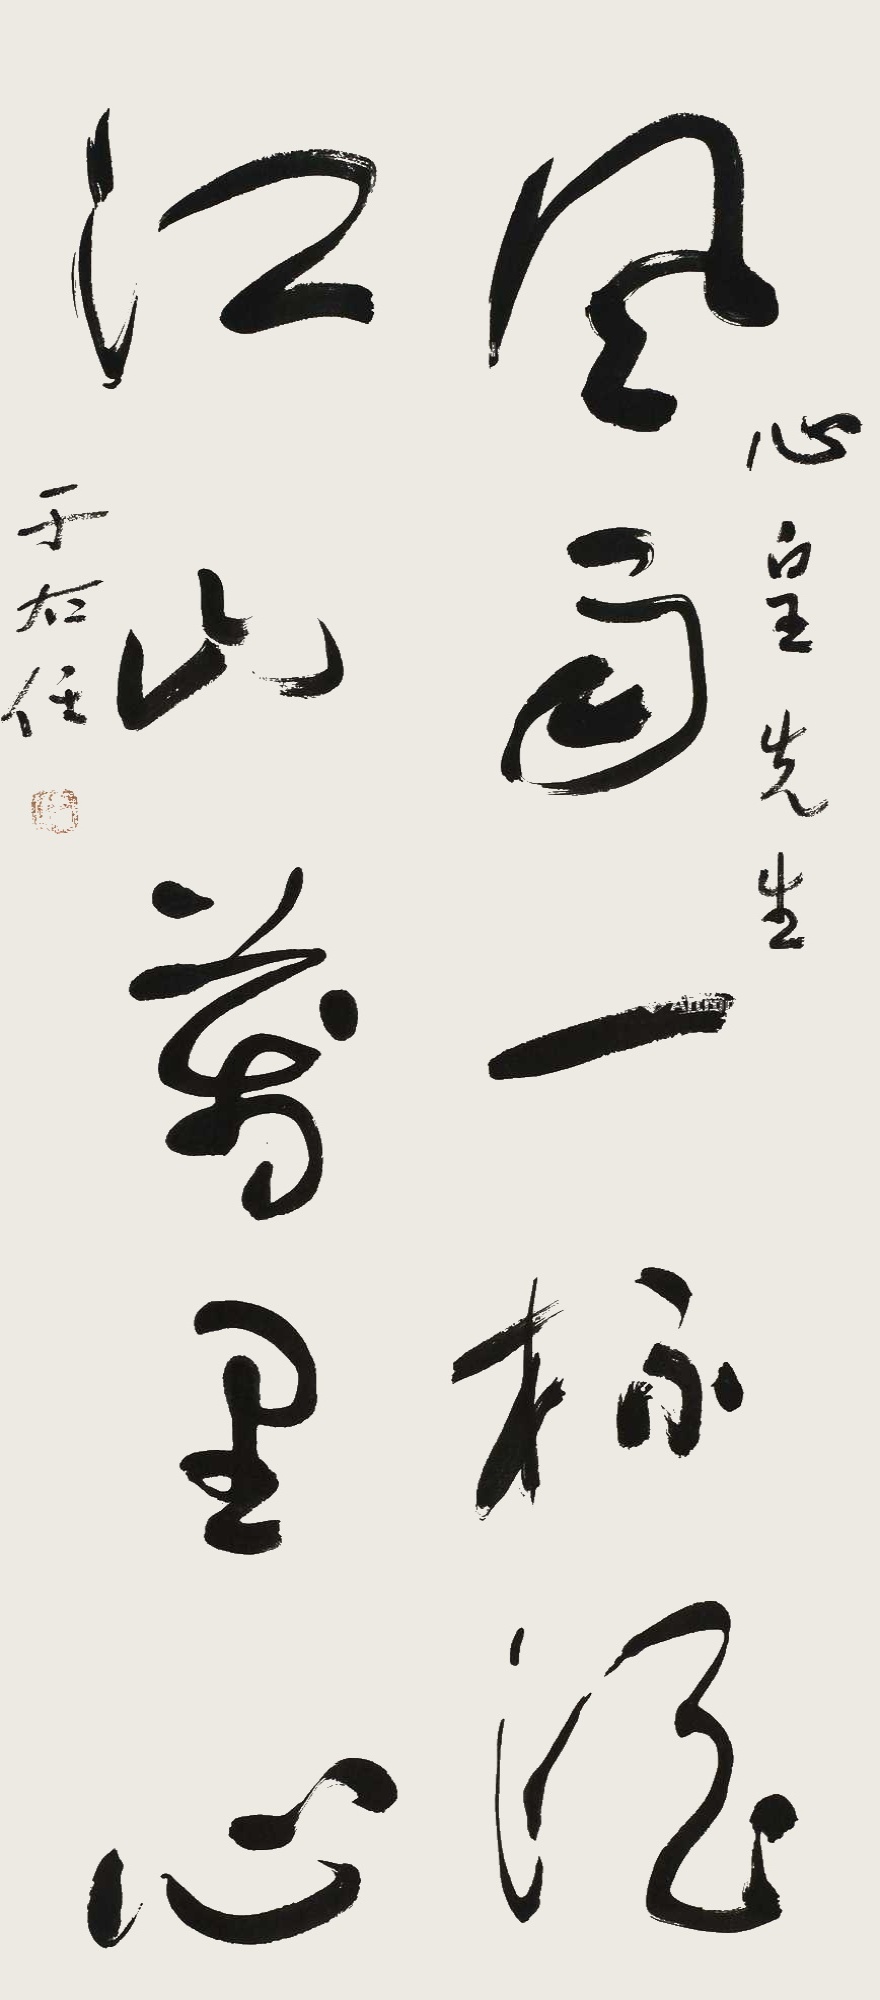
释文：风雨一杯酒，江山万里心。心皇先生，于右任。